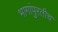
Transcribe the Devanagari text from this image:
भागांपुरतीच